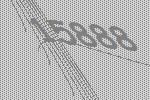
15888